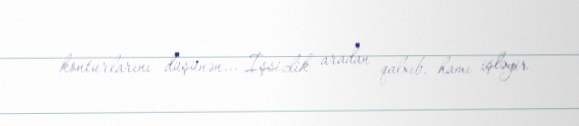
konturlarını düşünən... İşsizlik aradan qalxıb, hamı işləyir.